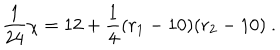
{ \frac { 1 } { 2 4 } } \chi = 1 2 + { \frac { 1 } { 4 } } ( r _ { 1 } - 1 0 ) ( r _ { 2 } - 1 0 ) ~ .